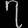
Digit: ၇